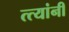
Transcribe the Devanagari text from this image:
त्त्यांनी